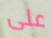
على